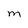
Character: M